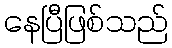
နေပြီဖြစ်သည်